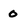
Character: O